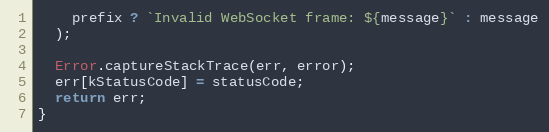
Language: JavaScript
    prefix ? `Invalid WebSocket frame: ${message}` : message
  );

  Error.captureStackTrace(err, error);
  err[kStatusCode] = statusCode;
  return err;
}